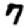
Digit: 7